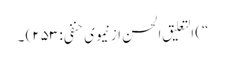
“) التعلیق الحسن از نیموی حنفی: ۲۵۳) ۔